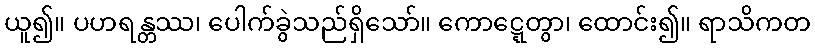
ယူ၍။ ပဟရန္တဿ၊ ပေါက်ခွဲသည်ရှိသော်။ ကောဋ္ဋေတွာ၊ ထောင်း၍။ ရာသိကတ